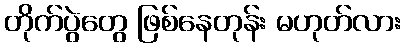
တိုက်ပွဲတွေ ဖြစ်နေတုန်း မဟုတ်လား